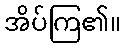
အိပ်ကြ၏။